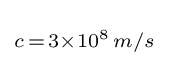
\scriptstyle {c\,=\,3\times 10^{8}\,m/s}